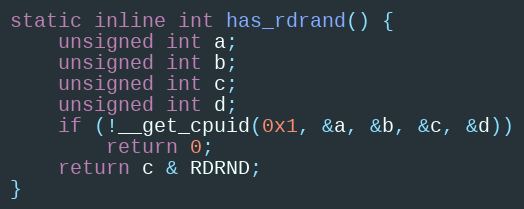
Language: C
static inline int has_rdrand() {
    unsigned int a;
    unsigned int b;
    unsigned int c;
    unsigned int d;
    if (!__get_cpuid(0x1, &a, &b, &c, &d))
        return 0;
    return c & RDRND;
}